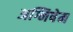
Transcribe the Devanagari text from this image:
अग्निषेम